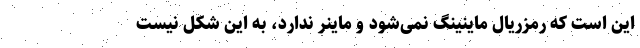
این است که رمزریال ماینینگ نمی‌شود و ماینر ندارد، به این شکل نیست